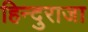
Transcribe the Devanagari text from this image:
हिन्दुराजा